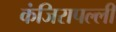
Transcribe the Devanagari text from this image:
कंजिरापल्ली